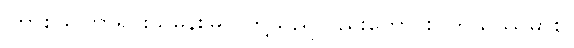
ကြာစွယ်ကြာရင်းသမန်းမြတ်တို့သည်လည်းကောင်း။ ဘိသဿမာစ၊